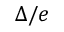
\Delta / e